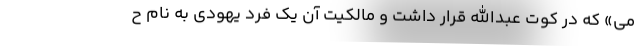
می» که در کوت عبدالله قرار داشت و مالکیت آن یک فرد یهودی به نام ح